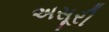
અસૂરી